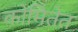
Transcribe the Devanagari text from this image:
कोमितेत